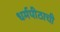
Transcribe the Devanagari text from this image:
धर्मपीठाची